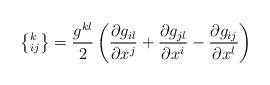
LaTeX: \begin{align*}\left\{ _{ij}^{k}\right\} =\frac{g^{kl}}{2}\left(\frac{\partial g_{il}}{\partial x^{j}}+\frac{\partial g_{jl}}{\partial x^{i}}-\frac{\partial g_{ij}}{\partial x^{l}}\right)\end{align*}